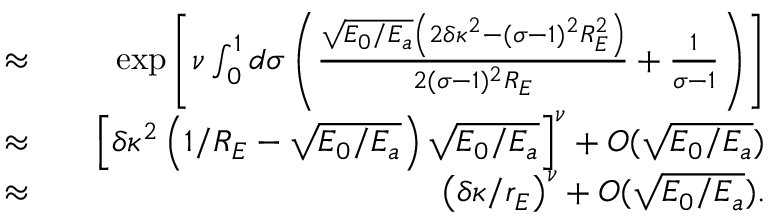
\begin{array} { r l r } { \approx } & { { } } & { \exp \left[ \nu \int _ { 0 } ^ { 1 } d \sigma \left( \frac { \sqrt { E _ { 0 } / E _ { a } } \left( 2 \delta \kappa ^ { 2 } - ( \sigma - 1 ) ^ { 2 } R _ { E } ^ { 2 } \right) } { 2 ( \sigma - 1 ) ^ { 2 } R _ { E } } + \frac { 1 } { \sigma - 1 } \right) \right] } \\ { \approx } & { { } } & { \left[ \delta \kappa ^ { 2 } \left( 1 / R _ { E } - \sqrt { E _ { 0 } / E _ { a } } \right) \sqrt { E _ { 0 } / E _ { a } } \right] ^ { \nu } + { \cal O } ( \sqrt { E _ { 0 } / E _ { a } } ) } \\ { \approx } & { { } } & { \left( \delta \kappa / r _ { E } \right) ^ { \nu } + { \cal O } ( \sqrt { E _ { 0 } / E _ { a } } ) . } \end{array}